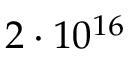
2 \cdot 1 0 ^ { 1 6 }